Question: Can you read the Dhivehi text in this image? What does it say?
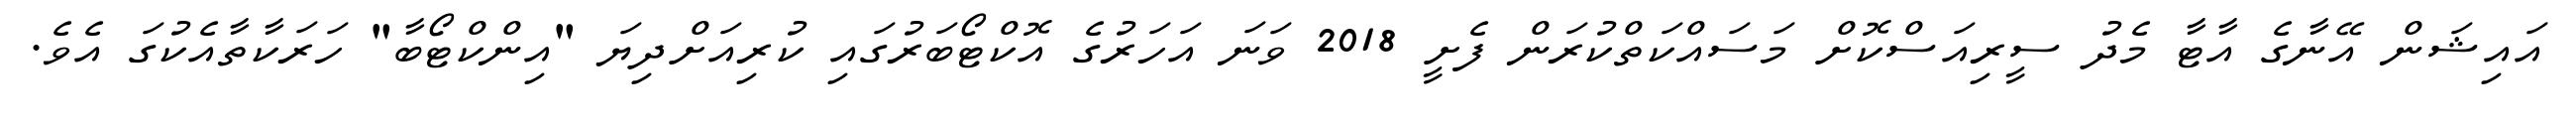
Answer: އައިޝަން އޭނާގެ އާޓާ މެދު ސީރިއަސްކޮށް މަސައްކަތްކުރަން ފެށީ 2018 ވަނަ އަހަރުގެ އޮކްޓޯބަރުގައި ކުރިއަށްދިޔަ "އިންކްޓޯބާ" ހަރަކާތާއެކުގަ އެވެ.